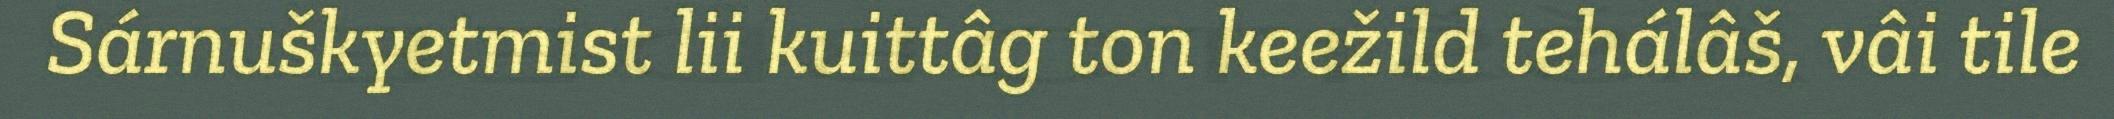
Sárnuškyetmist lii kuittâg ton keežild tehálâš, vâi tile